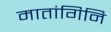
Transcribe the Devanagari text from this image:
मातांगिनि